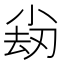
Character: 𡮊